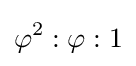
\varphi ^{2}:\varphi :1